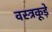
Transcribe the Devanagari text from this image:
वस्त्रकूड़े